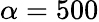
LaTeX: \alpha=500